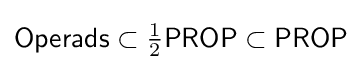
{\mathsf {Operads}}\subset {\tfrac {1}{2}}{\mathsf {PROP}}\subset {\mathsf {PROP}}